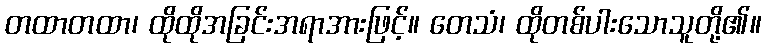
တထာတထာ၊ ထိုထိုအခြင်းအရာအားဖြင့်။ တေသံ၊ ထိုတစ်ပါးသောသူတို့၏။